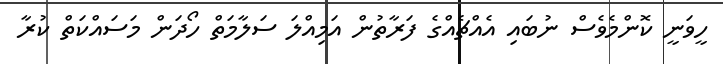
ހީވަނީ ކޮންމެވެސް ނުބައި އެއްޗެއްގެ ފަރާތުން އަމިއްލަ ސަލާމަތް ހޯދަން މަސައްކަތް ކުރާ